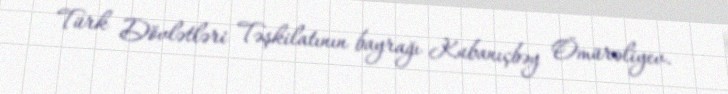
Türk Dövlətləri Təşkilatının bayrağı Kubanıçbəy Ömürəliyev.